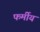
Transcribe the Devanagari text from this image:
फर्मीय